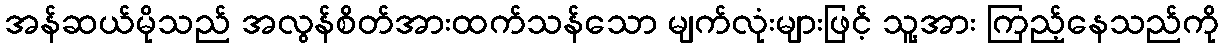
အန်ဆယ်မိုသည် အလွန်စိတ်အားထက်သန်သော မျက်လုံးများဖြင့် သူ့အား ကြည့်နေသည်ကို